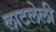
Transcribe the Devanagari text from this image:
लाटलेली